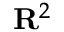
\mathbf { R } ^ { 2 }